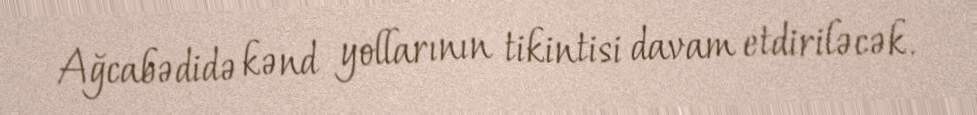
Ağcabədidə kənd yollarının tikintisi davam etdiriləcək.